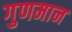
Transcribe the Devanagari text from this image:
गुणमान